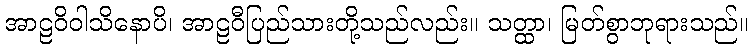
အာဠဝိဝါသိနောပိ၊ အာဠဝီပြည်သားတို့သည်လည်း။ သတ္ထာ၊ မြတ်စွာဘုရားသည်။